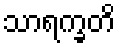
သာရက္ခတိ